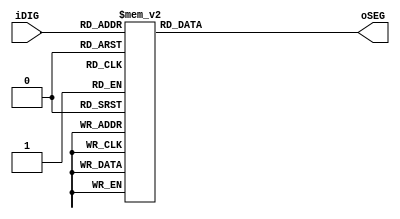
module SEG7_LUT	(
	input wire [3:0] iDIG,
	output reg [6:0] oSEG
);

	always @(iDIG)
	begin
		case(iDIG)
			4'h0: oSEG = 7'b1000000;
			4'h1: oSEG = 7'b1111001;	// ---a----
			4'h2: oSEG = 7'b0100100; 	// |	  |
			4'h3: oSEG = 7'b0110000; 	// f	  b
			4'h4: oSEG = 7'b0011001; 	// |	  |
			4'h5: oSEG = 7'b0010010; 	// ---g----
			4'h6: oSEG = 7'b0000010; 	// |	  |
			4'h7: oSEG = 7'b1111000; 	// e	  c
			4'h8: oSEG = 7'b0000000; 	// |	  |
			4'h9: oSEG = 7'b0011000; 	// ---d----
			4'ha: oSEG = 7'b0001000;
			4'hb: oSEG = 7'b0000011;
			4'hc: oSEG = 7'b1000110;
			4'hd: oSEG = 7'b0100001;
			4'he: oSEG = 7'b0000110;
			4'hf: oSEG = 7'b0001110;
		endcase
	end

endmodule